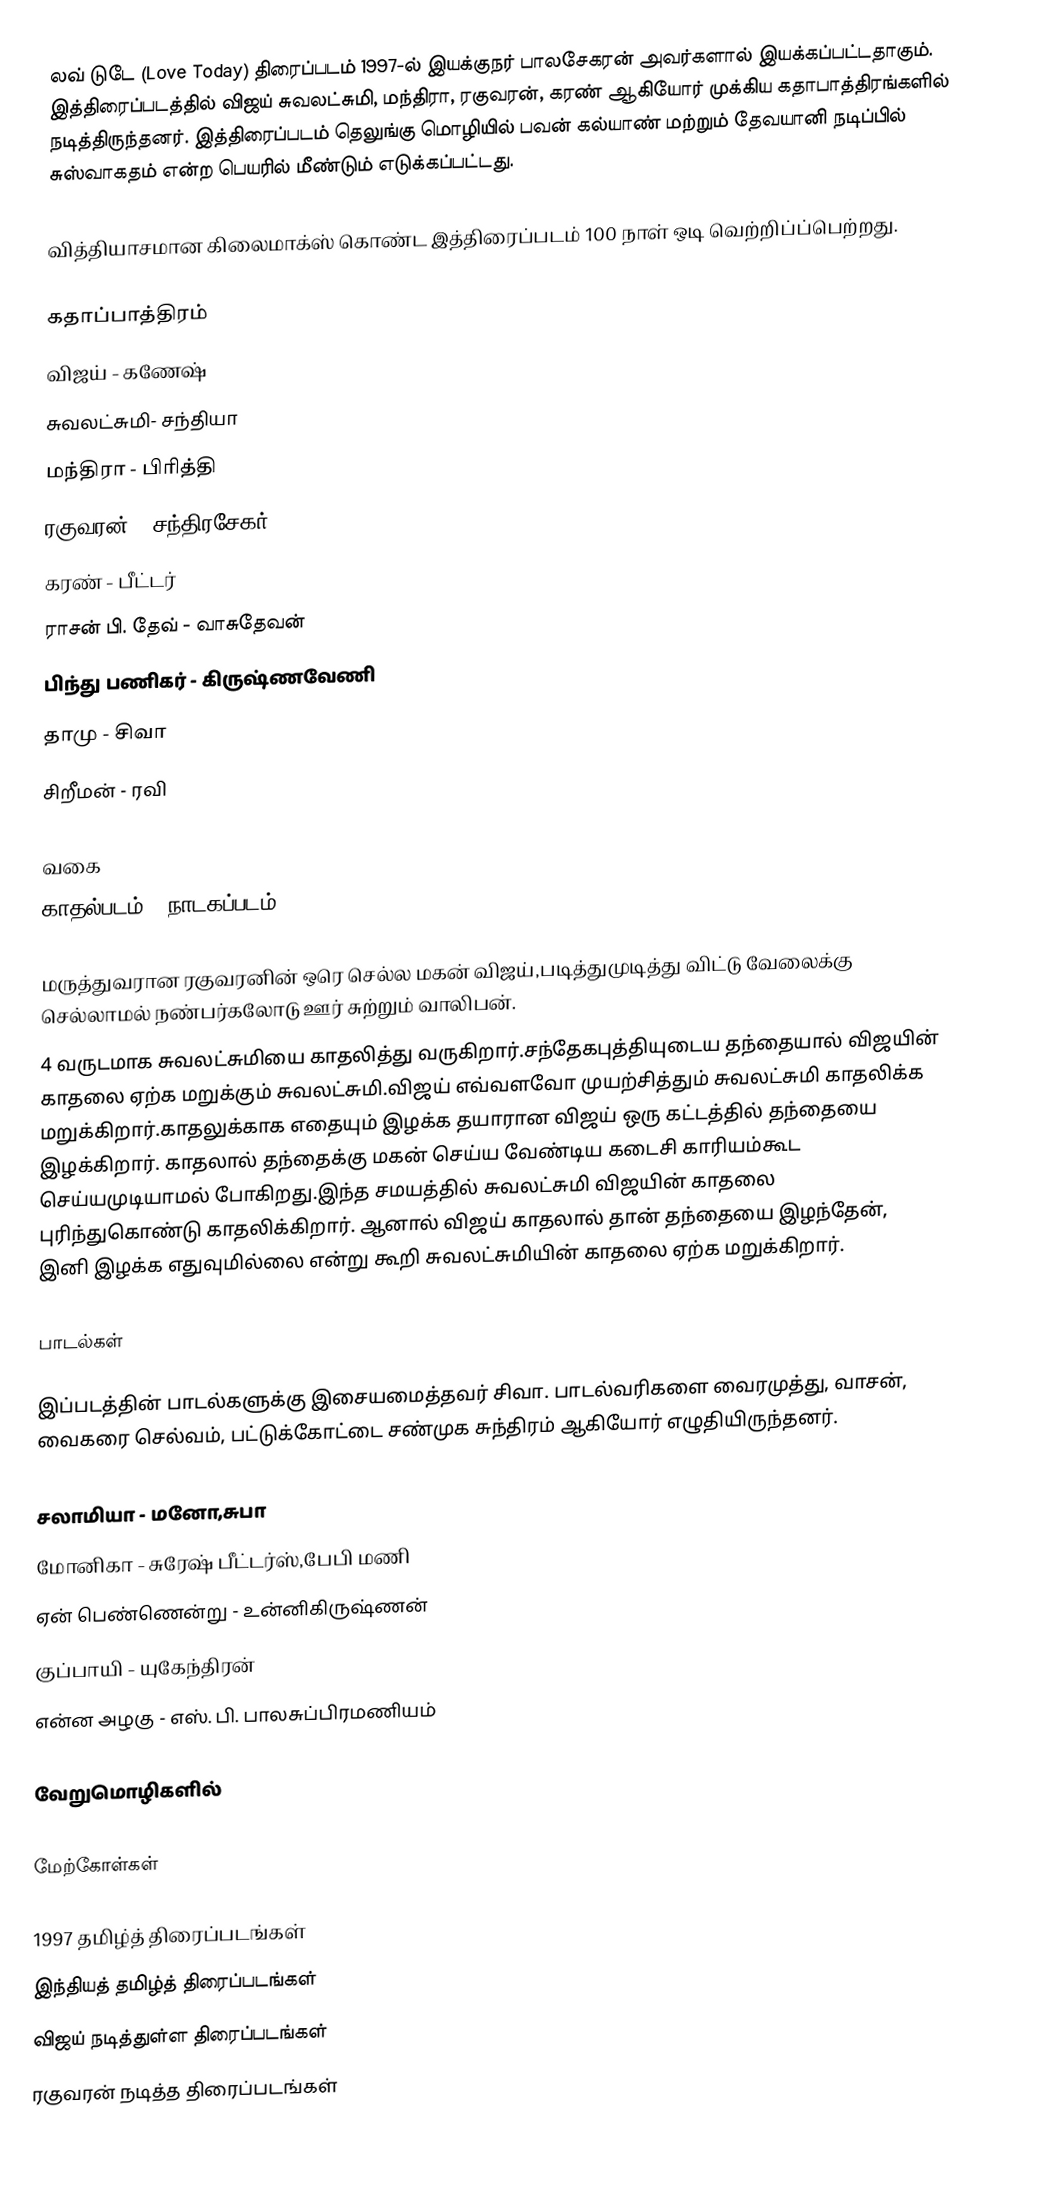
லவ் டுடே (Love Today) திரைப்படம் 1997-ல் இயக்குநர் பாலசேகரன் அவர்களால் இயக்கப்பட்டதாகும். இத்திரைப்படத்தில் விஜய் சுவலட்சுமி, மந்திரா, ரகுவரன், கரண் ஆகியோர் முக்கிய கதாபாத்திரங்களில் நடித்திருந்தனர். இத்திரைப்படம் தெலுங்கு மொழியில் பவன் கல்யாண் மற்றும் தேவயானி நடிப்பில் சுஸ்வாகதம் என்ற பெயரில் மீண்டும் எடுக்கப்பட்டது.

வித்தியாசமான கிலைமாக்ஸ் கொண்ட இத்திரைப்படம் 100 நாள் ஒடி வெற்றிப்ப்பெற்றது.

கதாப்பாத்திரம்
 விஜய் - கணேஷ்
 சுவலட்சுமி- சந்தியா
 மந்திரா - பிரித்தி
 ரகுவரன் - சந்திரசேகர்
 கரண் - பீட்டர்
 ராசன் பி. தேவ் - வாசுதேவன்
 பிந்து பணிகர் - கிருஷ்ணவேணி
 தாமு - சிவா
 சிறீமன் - ரவி

வகை
காதல்படம் / நாடகப்படம்

மருத்துவரான ரகுவரனின் ஒரெ செல்ல மகன் விஜய்,படித்துமுடித்து விட்டு வேலைக்கு செல்லாமல் நண்பர்கலோடு ஊர் சுற்றும் வாலிபன்.
4 வருடமாக சுவலட்சுமியை காதலித்து வருகிறார்.சந்தேகபுத்தியுடைய தந்தையால் விஜயின் காதலை ஏற்க மறுக்கும் சுவலட்சுமி.விஜய் எவ்வளவோ முயற்சித்தும்  சுவலட்சுமி காதலிக்க மறுக்கிறார்.காதலுக்காக எதையும் இழக்க தயாரான விஜய் ஒரு கட்டத்தில் தந்தையை இழக்கிறார். காதலால் தந்தைக்கு மகன் செய்ய வேண்டிய கடைசி காரியம்கூட செய்யமுடியாமல் போகிறது.இந்த சமயத்தில் சுவலட்சுமி விஜயின் காதலை புரிந்துகொண்டு காதலிக்கிறார். ஆனால் விஜய் காதலால் தான் தந்தையை இழந்தேன், இனி இழக்க எதுவுமில்லை என்று கூறி சுவலட்சுமியின் காதலை ஏற்க மறுக்கிறார்.

பாடல்கள்

இப்படத்தின் பாடல்களுக்கு இசையமைத்தவர் சிவா. பாடல்வரிகளை வைரமுத்து, வாசன், வைகரை செல்வம், பட்டுக்கோட்டை சண்முக சுந்திரம் ஆகியோர் எழுதியிருந்தனர்.

சலாமியா - மனோ,சுபா
மோனிகா - சுரேஷ் பீட்டர்ஸ்,பேபி மணி
ஏன் பெண்ணென்று - உன்னிகிருஷ்ணன்
குப்பாயி - யுகேந்திரன்
என்ன அழகு - எஸ். பி. பாலசுப்பிரமணியம்

வேறுமொழிகளில்

மேற்கோள்கள்

1997 தமிழ்த் திரைப்படங்கள்
இந்தியத் தமிழ்த் திரைப்படங்கள்
விஜய் நடித்துள்ள திரைப்படங்கள்
ரகுவரன் நடித்த திரைப்படங்கள்